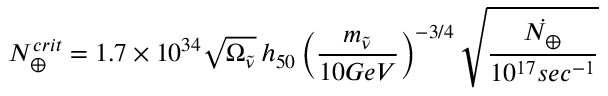
N _ { \oplus } ^ { c r i t } = 1 . 7 \times 1 0 ^ { 3 4 } \sqrt { \Omega _ { \tilde { \nu } } } \, h _ { 5 0 } \left( \frac { m _ { \tilde { \nu } } } { 1 0 G e V } \right) ^ { - 3 / 4 } \sqrt { \frac { \dot { N _ { \oplus } } } { 1 0 ^ { 1 7 } s e c ^ { - 1 } } }